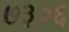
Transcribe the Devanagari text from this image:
७३०६